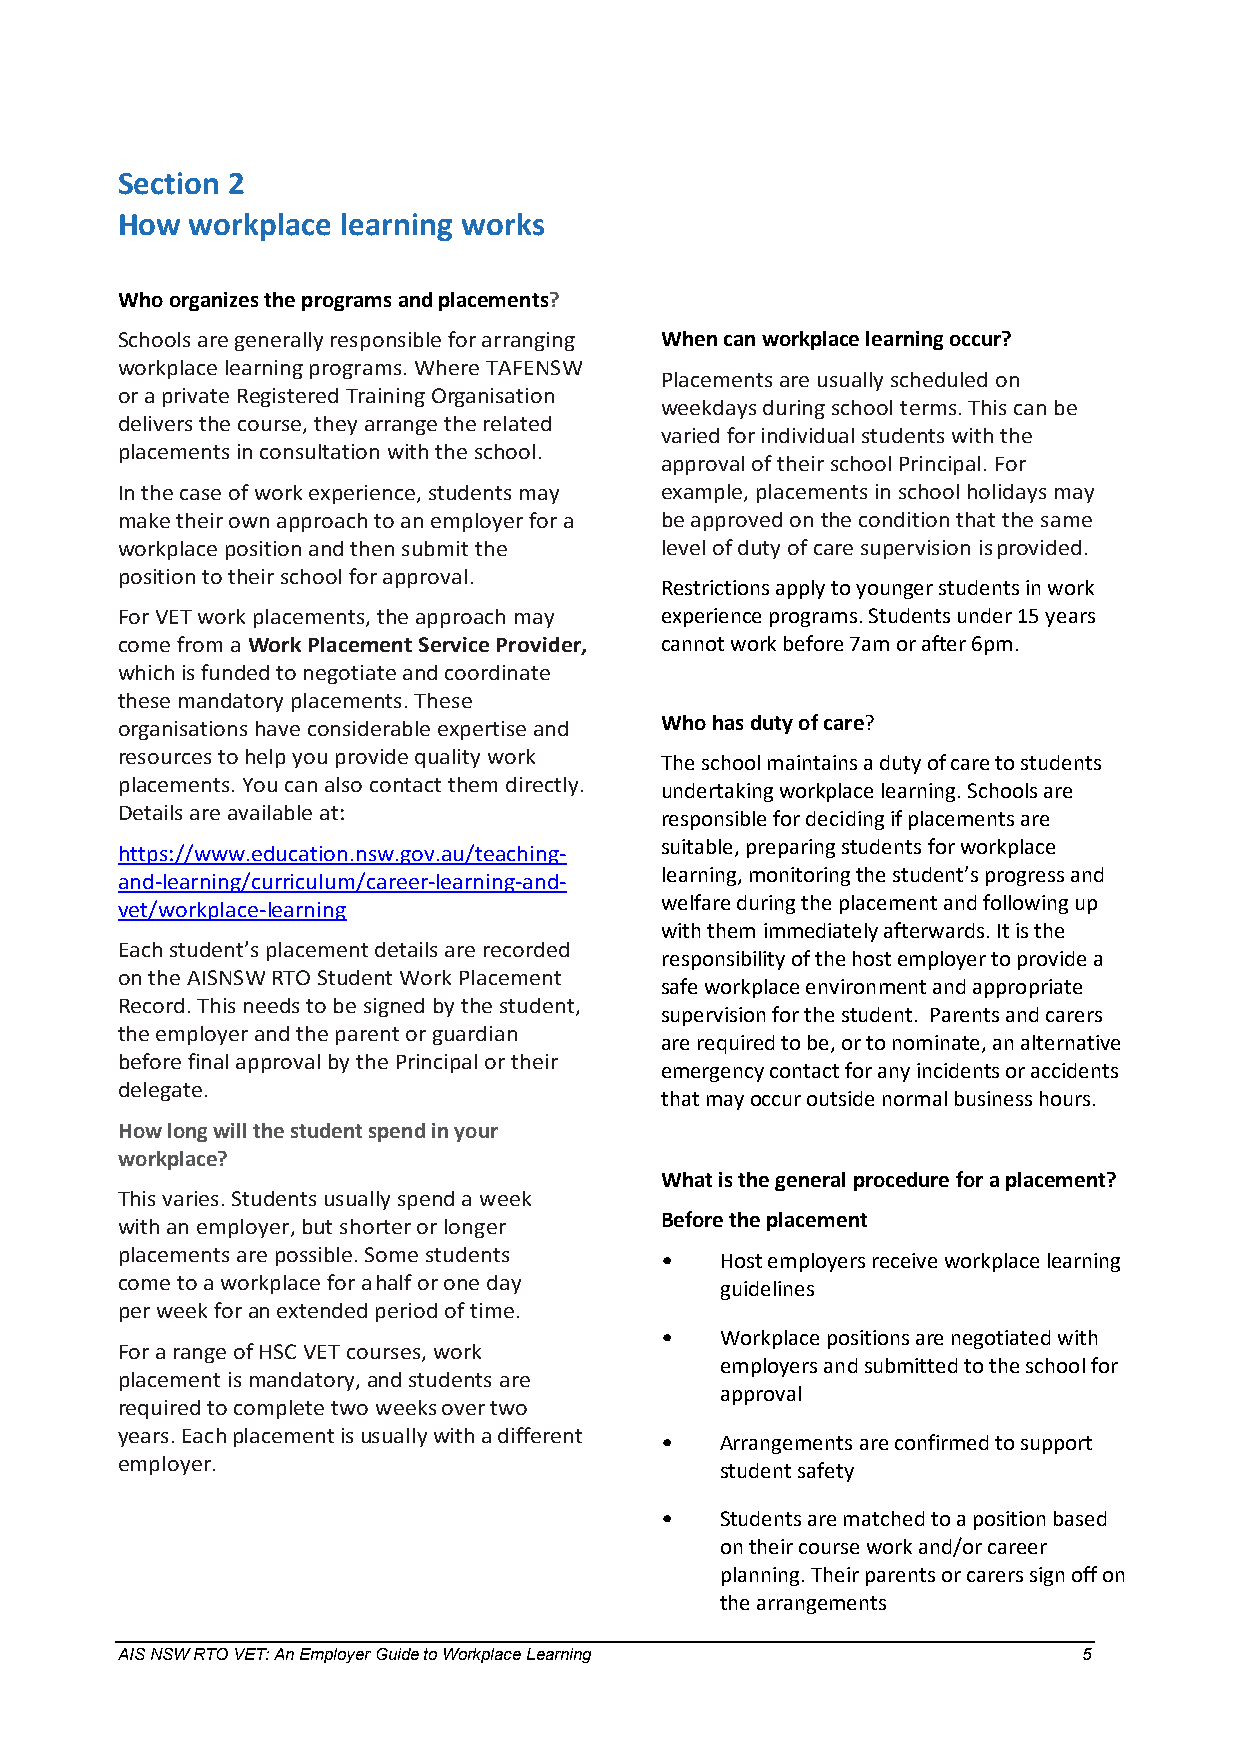
Section 2
 How  workplace learning works
 Who organizes the programs and placements?
 Schools are generally responsible for arranging When can workplace learning occur?
 workplace learning programs. Where TAFENSW
 Placements are usually scheduled on
 or a private Registered Training Organisation
 weekdays during school terms. This can be
 delivers the course, they arrange the related
 varied for individual students with the
 placements in consultation with the school.
 approval of their school Principal. For
 In the case of work experience, students may example, placements in school holidays may
 make their own approach to an employer for a be approved on the condition that the same
 workplace position and then submit the level of duty of care supervision is provided.
 position to their school for approval.
 Restrictions apply to younger students in work
 For VET work placements, the approach may experience programs. Students under 15 years
 come from a Work Placement Service Provider, cannot work before 7am or after 6pm.
 which is funded to negotiate and coordinate
 these mandatory placements. These
 organisations have considerable expertise and Who has duty of care?
 resources to help you provide quality work The school maintains a duty of care to students
 placements. You can also contact them directly. undertaking workplace learning. Schools are
 Details are available at:           responsible for deciding if placements are
 suitable, preparing students for workplace
 https://www.education.nsw.gov.au/teaching-
 learning, monitoring the student’s progress and
 and-learning/curriculum/career-learning-and-
 welfare during the placement and following up
 vet/workplace-learning
 with them immediately afterwards. It is the
 Each student’s placement details are recorded
 responsibility of the host employer to provide a
 on the AISNSW RTO Student Work Placement
 safe workplace environment and appropriate
 Record. This needs to be signed by the student,
 supervision for the student. Parents and carers
 the employer and the parent or guardian
 are required to be, or to nominate, an alternative
 before final approval by the Principal or their
 emergency contact for any incidents or accidents
 delegate.
 that may occur outside normal business hours.
 How long will the student spend in your
 workplace?
 What is the general procedure for a placement?
 This varies. Students usually spend a week
 with an employer, but shorter or longer Before the placement
 placements are possible. Some students • Host employers receive workplace learning
 come to a workplace for a half or one day guidelines
 per week for an extended period of time.
 •   Workplace positions are negotiated with
 For a range of HSC VET courses, work
 employers and submitted to the school for
 placement is mandatory, and students are
 approval
 required to complete two weeks over two
 years. Each placement is usually with a different
 •   Arrangements are confirmed to support
 employer.
 student safety
 •   Students are matched to a position based
 on their course work and/or career
 planning. Their parents or carers sign off on
 the arrangements
 AIS NSW RTO VET: An Employer Guide to Workplace Learning        5